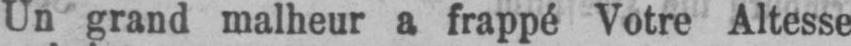
Un grand malheur a frappé Votre Altesse